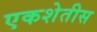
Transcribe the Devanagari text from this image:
एकशेतीस